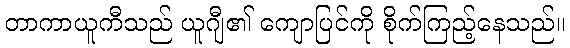
တာကာယူကီသည် ယူဂျီ၏ ကျောပြင်ကို စိုက်ကြည့်နေသည်။